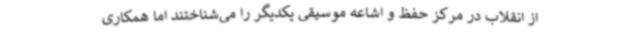
از انقلاب در مرکز حفظ و اشاعه موسیقی یکدیگر را می‌شناختند اما همکاری